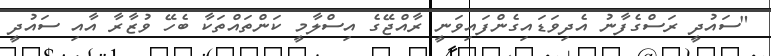
"ސައުދީ ރަސްގެފާނު އެދިވަޑައިގެންފައިވަނީ ރާއްޖޭގެ އިސްލާމީ ކަންތައްތަކާ ބެހޭ ވުޒާރާ އާއި ސައުދީ